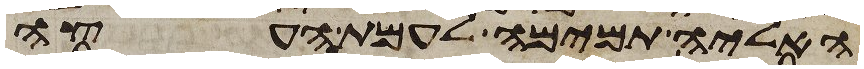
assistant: האליה תמימה לעמת העצה